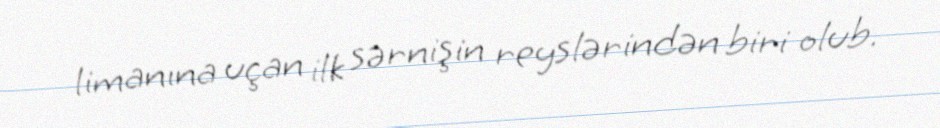
limanına uçan ilk sərnişin reyslərindən biri olub.